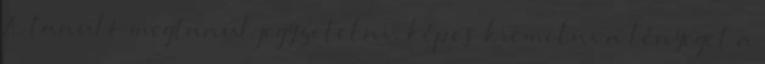
A tanuló megtanul jegyzetelni, képes kiemelni a lényeget a